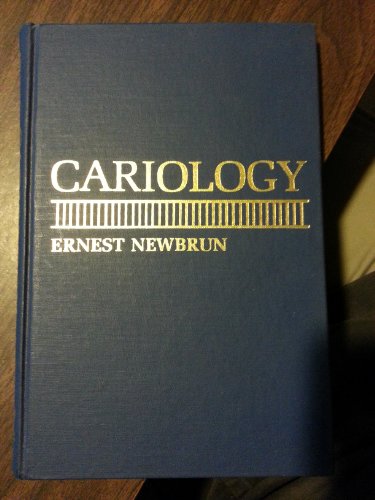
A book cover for Cariology; Ernest Newbrun; Medical Books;